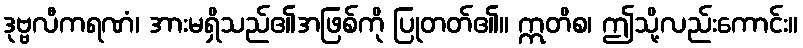
ဒုဗ္ဗလီကရဏံ၊ အားမရှိသည်၏အဖြစ်ကို ပြုတတ်၏။ ဣတိစ၊ ဤသို့လည်းကောင်း။